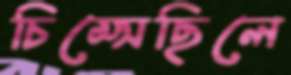
চিম্‌সেছিলে